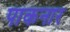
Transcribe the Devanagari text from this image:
पाकनार